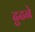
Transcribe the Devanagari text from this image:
ढुढने